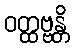
ဝတ္ထဗ္ဗန္တိ